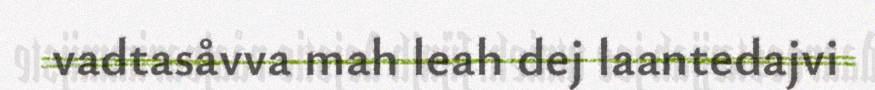
vadtasåvva mah leah dej laantedajvi